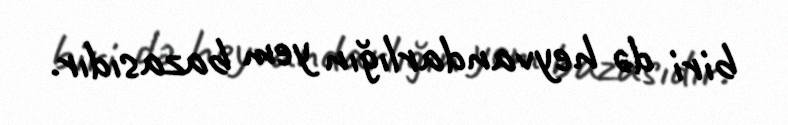
biri də heyvandarlığın yem bazasıdır.